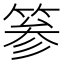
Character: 𥮾